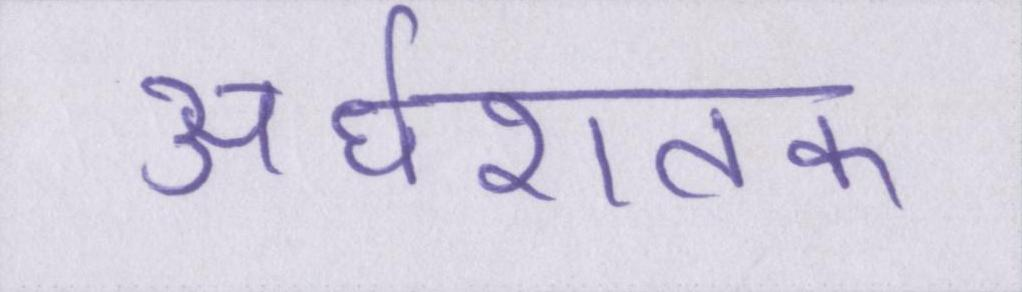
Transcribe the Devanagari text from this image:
अर्धशतक